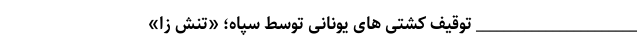
_______________________ توقیف کشتی های یونانی توسط سپاه؛ «تنش زا»